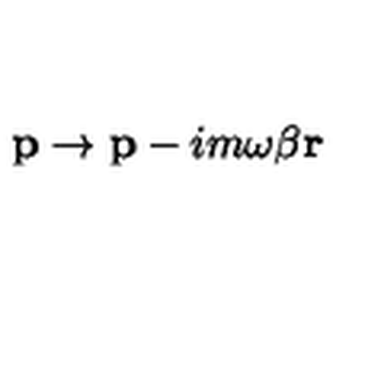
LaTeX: { \bf p } \rightarrow { \bf p } - i m \omega \beta { \bf r }